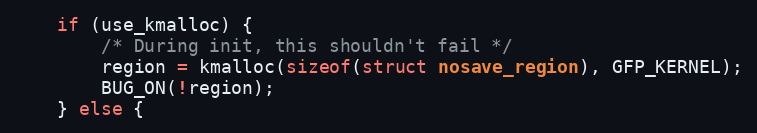
Language: C
	if (use_kmalloc) {
		/* During init, this shouldn't fail */
		region = kmalloc(sizeof(struct nosave_region), GFP_KERNEL);
		BUG_ON(!region);
	} else {